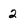
Character: 2